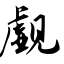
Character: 觑